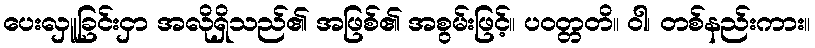
ပေးလှူခြင်းငှာ အလိုရှိသည်၏ အဖြစ်၏ အစွမ်းဖြင့်။ ပဝတ္တတိ။ ဝါ၊ တစ်နည်းကား။